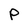
Character: P